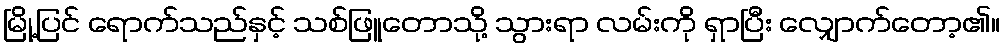
မြို့ပြင် ရောက်သည်နှင့် သစ်ဖြူတောသို့ သွားရာ လမ်းကို ရှာပြီး လျှောက်တော့၏။